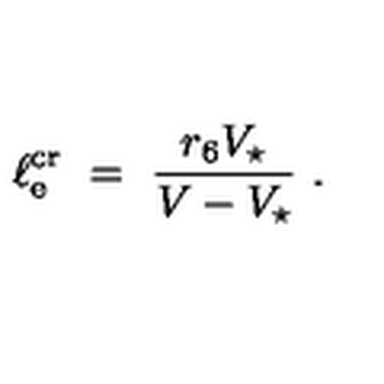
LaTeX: \ell _ { \mathrm { e } } ^ { \mathrm { c r } } \ = \ \frac { r _ { 6 } V _ { \star } } { V - V _ { \star } } \ .